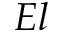
E l